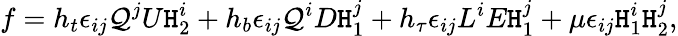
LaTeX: f=h_{t}\epsilon_{ij}\mathcal{Q}^{j}U\mathtt{H}_{2}^{i}+h_{b}\epsilon_{ij}\mathcal{Q}^{i}D\mathtt{H}_{1}^{j}+h_{\tau}\epsilon_{ij}L^{i}E\mathtt{H}_{1}^{j}+\mu\epsilon_{ij}\mathtt{H}_{1}^{i}\mathtt{H}_{2}^{j},